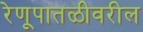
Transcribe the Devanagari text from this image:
रेणूपातळीवरील